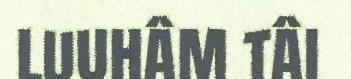
luuhâm tâi